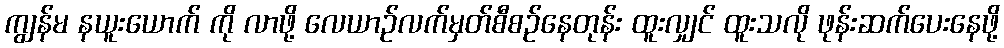
ကျွန်မ နယူးယောက် ကို လာဖို့ လေယာဉ်လက်မှတ်စီစဉ်နေတုန်း ထူးလျှင် ထူးသလို ဖုန်းဆက်ပေးနေဖို့